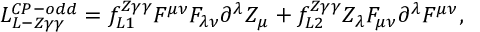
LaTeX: { \cal L } _ { L - Z \gamma \gamma } ^ { C P - o d d } = f _ { L 1 } ^ { Z \gamma \gamma } F ^ { \mu \nu } F _ { \lambda \nu } \partial ^ { \lambda } Z _ { \mu } + f _ { L 2 } ^ { Z \gamma \gamma } Z _ { \lambda } F _ { \mu \nu } \partial ^ { \lambda } F ^ { \mu \nu } ,